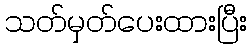
သတ်မှတ်ပေးထားပြီး